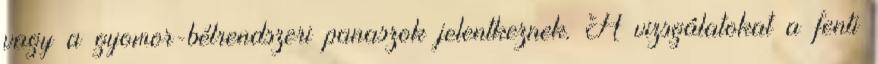
vagy a gyomor-bélrendszeri panaszok jelentkeznek. A vizsgálatokat a fenti